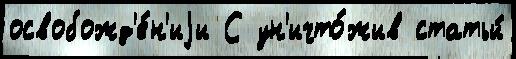
освобожд'е́н'иjи С ун'ичто́жив статьи́